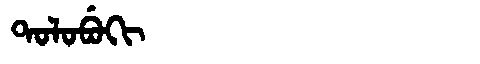
Manchu: ᡨᠣᠯᠣᠪᡠᡴᡳ
Romanization: TOLOBUKI